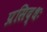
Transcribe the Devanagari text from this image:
प्रसिद्धः